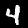
Label: 4